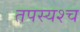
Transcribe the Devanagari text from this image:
तपस्यश्च